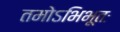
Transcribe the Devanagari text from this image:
तमोऽभिभूतः